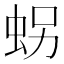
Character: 𧊅